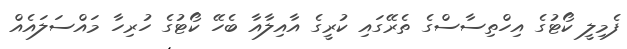
ފެމިލީ ކޯޓުގެ އިހްތިސާސްގެ ތެރޭގައި ކުރީގެ އާއިލާއާ ބެހޭ ކޯޓުގެ ހުރިހާ މައްސަލައެއް